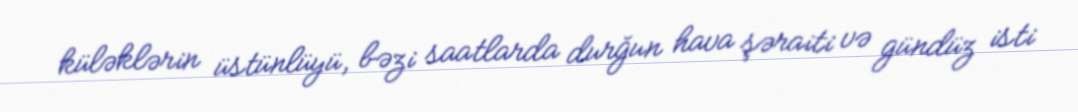
küləklərin üstünlüyü, bəzi saatlarda durğun hava şəraiti və gündüz isti